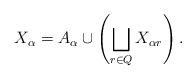
LaTeX: \begin{align*} X_\alpha = A_\alpha \cup\left( \bigsqcup_{r\in Q} X_{\alpha r} \right).\end{align*}